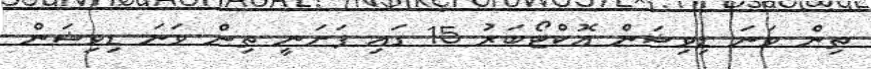
ތިން ވަނަ ޑިވިޝަން އޮކްޓޯބަރު 15 ގައި ފަށަނީ ތިން ވަނަ ޑިވިޝަން